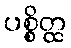
ပစ္စိတ္ထ